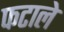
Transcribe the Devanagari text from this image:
फटाले